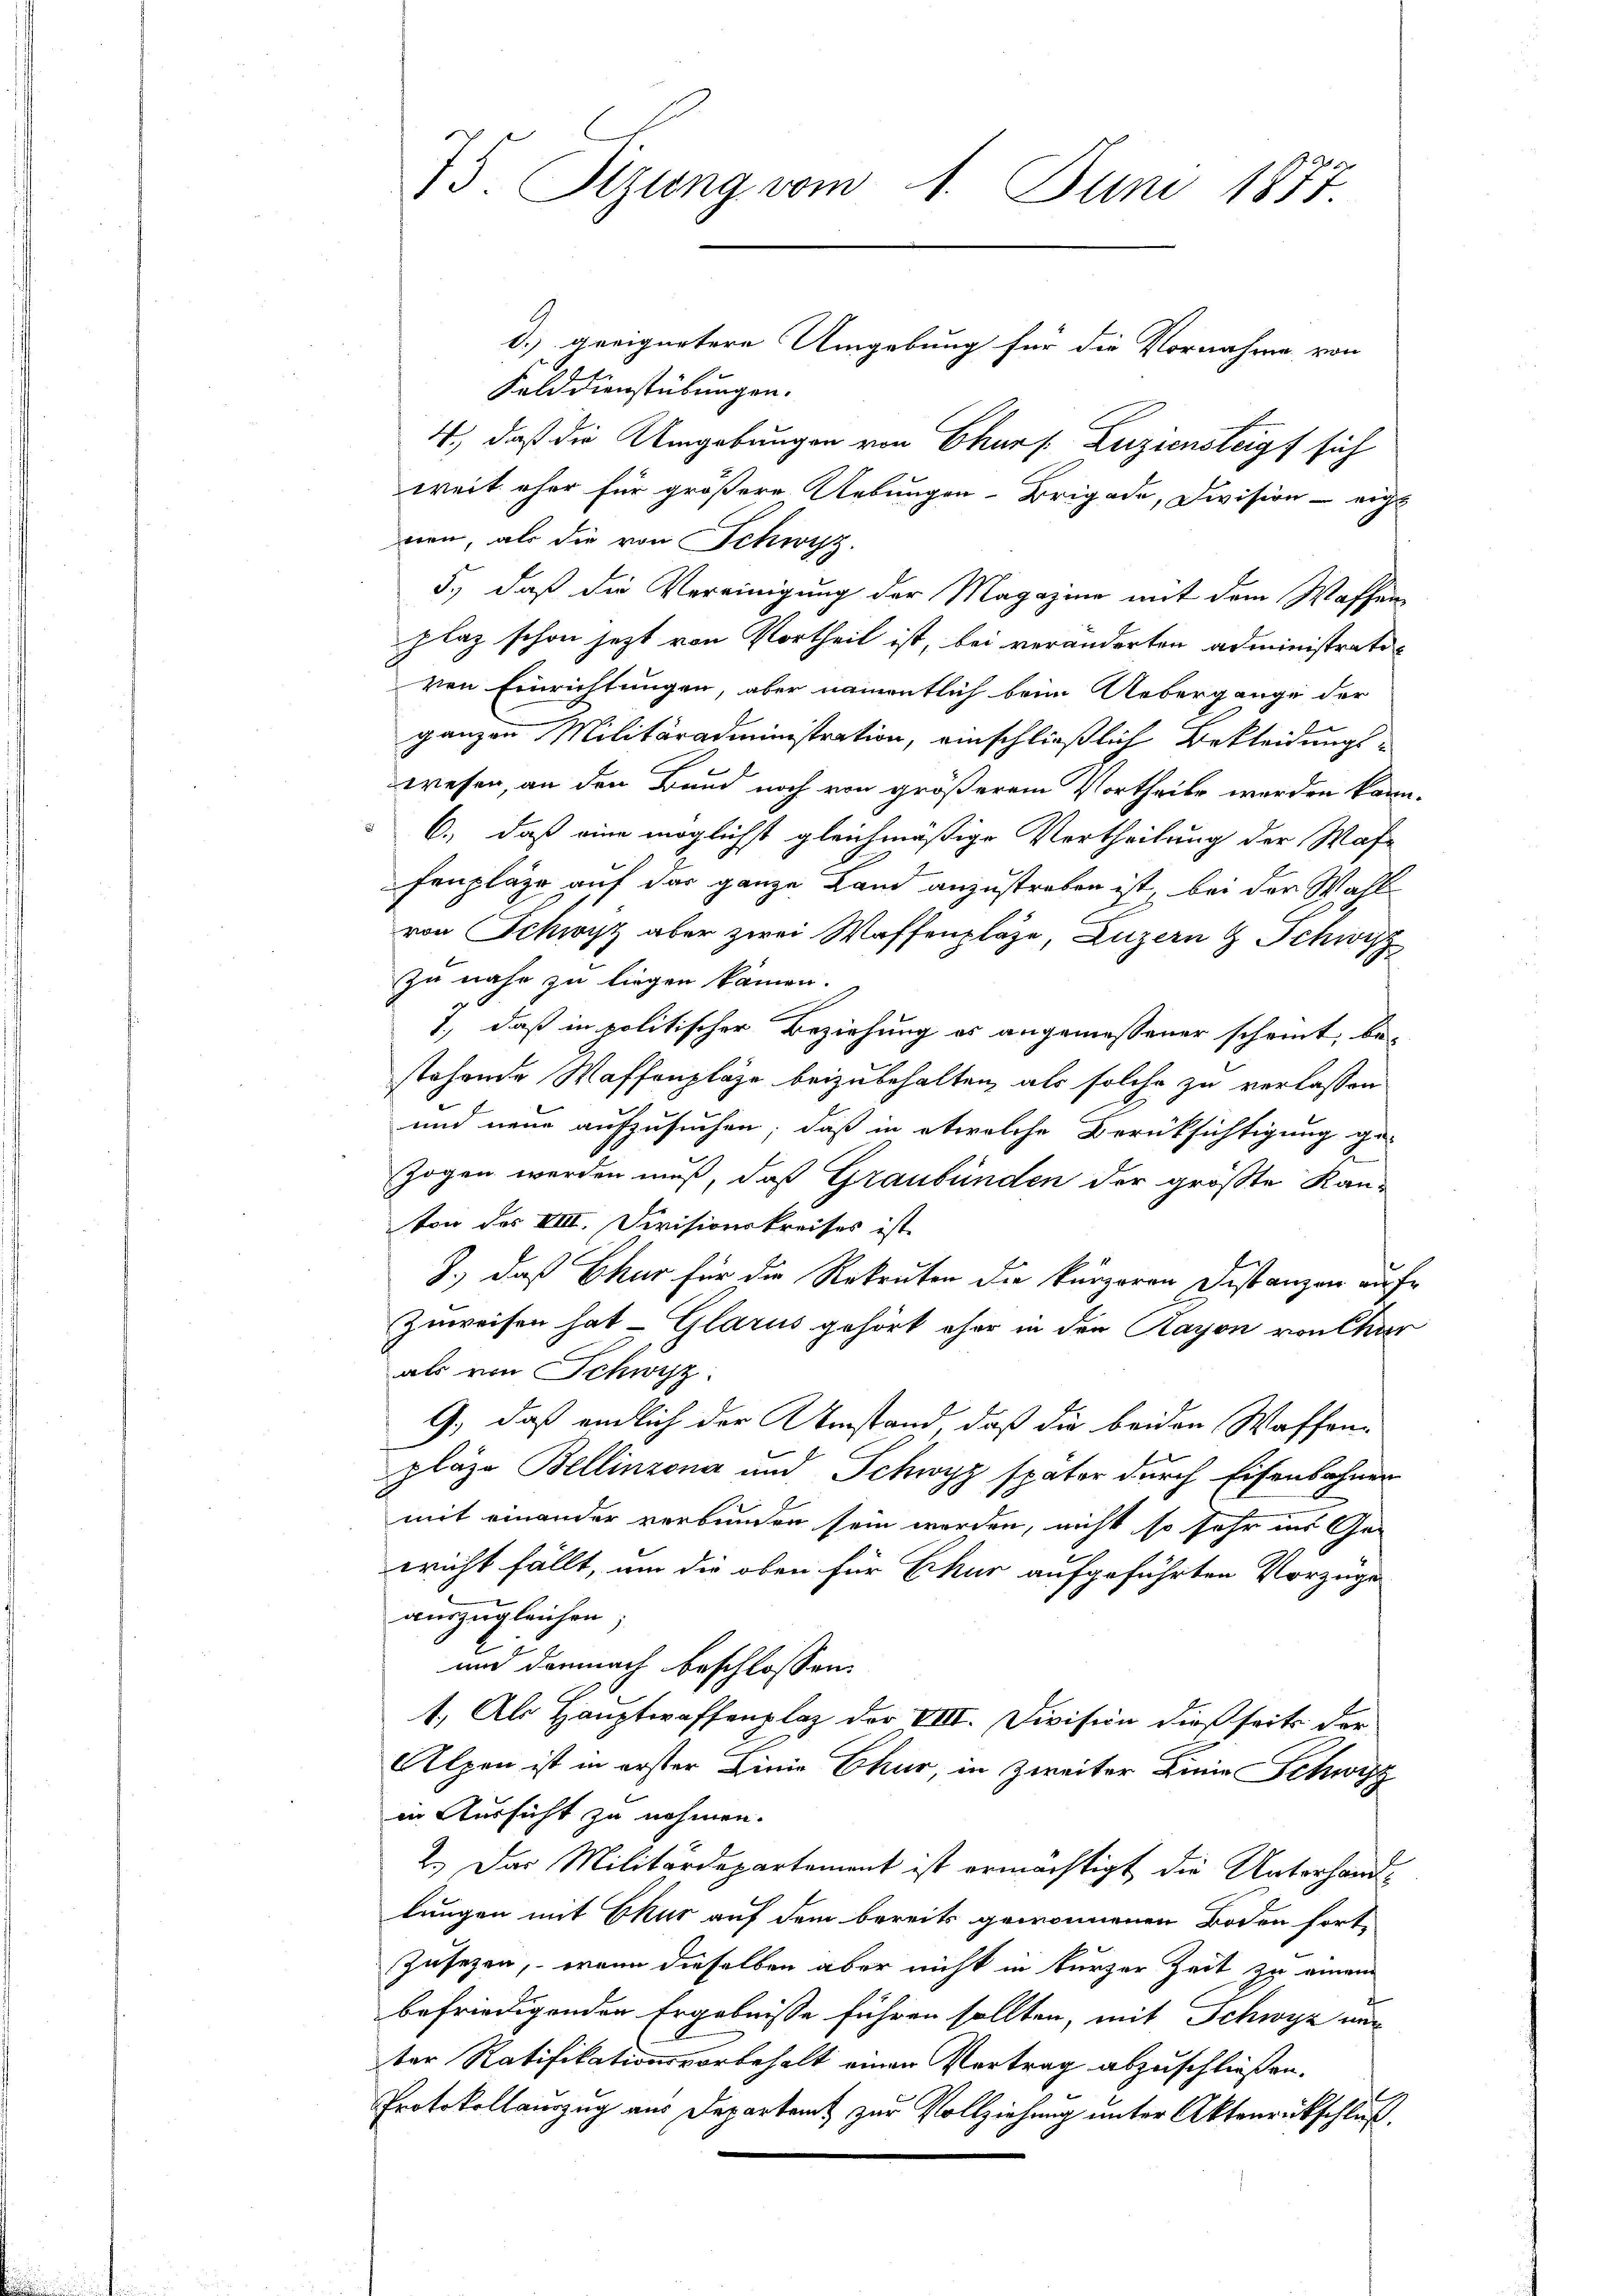
75. Sizung vom 1. Juni 1877

d.) geeignetere Umgebung für die Vornahme von
Felddienstübungen.
4., daß die Umgebungen von Churf: Zuziensteigt sich
weit eher für größere Uebungen-Brigade, Division - eigs
nen, als die von Schwyz.
5., daß die Vereinigung der Magazine mit dem Waffen
plaz schon jezt von Vortheil ist, bei veränderten administrativen Einrichtungen, aber namentlich beim Uebergange der
ganzen Militäradministration, einschließlich Bekleidungs-
wesen, an den Bund noch von größerem Vortheile werden kann.
6., daß eine möglichst gleichmäßige Vertheilung der Was-
fenpläge auf das ganze Land anzustreben ist, bei der Wahl
von Schwyz aber zwei Waffenpläge, Luzern & Schwyz
zu nahe zu liegen können.
1., daß in politischer Beziehung es angemessener scheint, be-
stehende Waffenpläge beizubehalten, als solche zu verlassen
und neue aufzusuchen, daß in etwelche Berüksichtigung ge-
zogen werden muß, daß Graubünden der größte Kan-
ton des VIII. Divisionskreises ist
J., daß Chur für die Rekruten die kurzeren Distanzen auf¬
Zuweisen hat – Glarus gehört ohne in den Rayon von Char
als von Schwyz
G., daß endlich der Umstand, daß die beiden Waffenplaze Bellinzona und Schwyz später durch Eisenbahnen
mit einander verbunden sein werden, nicht so sehr ins Geericht fällt, um die oben für Erkur aufgeführten Vorzüge
auszugleichen;
und demnach beschlossen:
1. Als Hauptwaffenplaz der VIII. Division dießseits der
Alpen ist in erster Linie Chur, in Zweiter Linie Schwyz
in Aussicht zu nehmen.
2.) Das Militärdepartement ist ermächtigt die Unterhand-
lungen mit Ekur auf dem bereits gewonnenen Boden fort-
Zusezen, wenn dieselben aber nicht in kurzer Zeit zu einem
befriedigenden Ergebnisse führen sollten, mit Schwyz aus
ter Ratifikationsvorbehalt einen Vertrag abzuschließen.
Protokollauszug aus Departamt zur Vollziehung unter Aktenrückschluß.